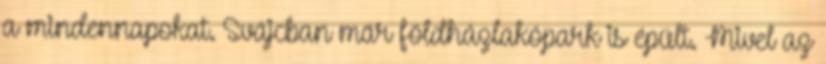
a mindennapokat. Svájcban már földházlakópark is épült. Mivel az